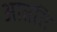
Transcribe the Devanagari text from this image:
आतति